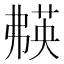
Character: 𬝱